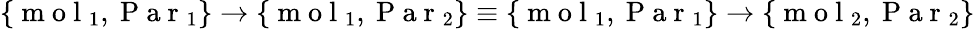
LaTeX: \{ \mathrm{~m~o~l~}_{1},\mathrm{~P~a~r~}_{1}\} \rightarrow\{ \mathrm{~m~o~l~}_{1},\mathrm{~P~a~r~}_{2}\} \equiv\{ \mathrm{~m~o~l~}_{1},\mathrm{~P~a~r~}_{1}\} \rightarrow\{ \mathrm{~m~o~l~}_{2},\mathrm{~P~a~r~}_{2}\}